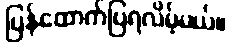
ပြန်ထောက်ပြရလိမ့်မယ်။